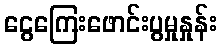
ငွေကြေးဖောင်းပွမှုနှုန်း